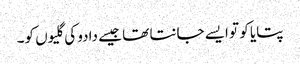
پتایا کو تو ایسے جانتا تھا جیسے دادو کی گلیوں کو۔